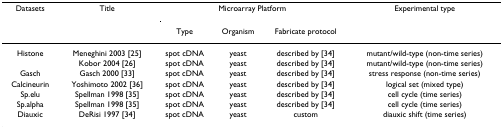
<table><thead><tr><td><b>Datasets</b></td><td><b>Title</b></td><td colspan="3"><b>Microarray Platform</b></td><td><b>Experimental type</b></td></tr><tr><td></td><td></td><td><b>Type</b></td><td><b>Organism</b></td><td><b>Fabricate protocol</b></td><td></td></tr></thead><tbody><tr><td>Histone</td><td>Meneghini 2003 [25]</td><td>spot cDNA</td><td>yeast</td><td>described by [34]</td><td>mutant/wild-type (non-time series)</td></tr><tr><td></td><td>Kobor 2004 [26]</td><td>spot cDNA</td><td>yeast</td><td>described by [34]</td><td>mutant/wild-type (non-time series)</td></tr><tr><td>Gasch</td><td>Gasch 2000 [33]</td><td>spot cDNA</td><td>yeast</td><td>described by [34]</td><td>stress response (non-time series)</td></tr><tr><td>Calcineurin</td><td>Yoshimoto 2002 [36]</td><td>spot cDNA</td><td>yeast</td><td>described by [34]</td><td>logical set (mixed type)</td></tr><tr><td>Sp.elu</td><td>Spellman 1998 [35]</td><td>spot cDNA</td><td>yeast</td><td>described by [34]</td><td>cell cycle (time series)</td></tr><tr><td>Sp.alpha</td><td>Spellman 1998 [35]</td><td>spot cDNA</td><td>yeast</td><td>described by [34]</td><td>cell cycle (time series)</td></tr><tr><td>Diauxic</td><td>DeRisi 1997 [34]</td><td>spot cDNA</td><td>yeast</td><td>custom</td><td>diauxic shift (time series)</td></tr></tbody></table>